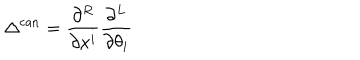
\Delta ^ { \mathrm { c a n } } = \frac { \partial ^ { R } } { \partial x ^ { i } } \frac { \partial ^ { L } } { \partial \theta _ { i } }